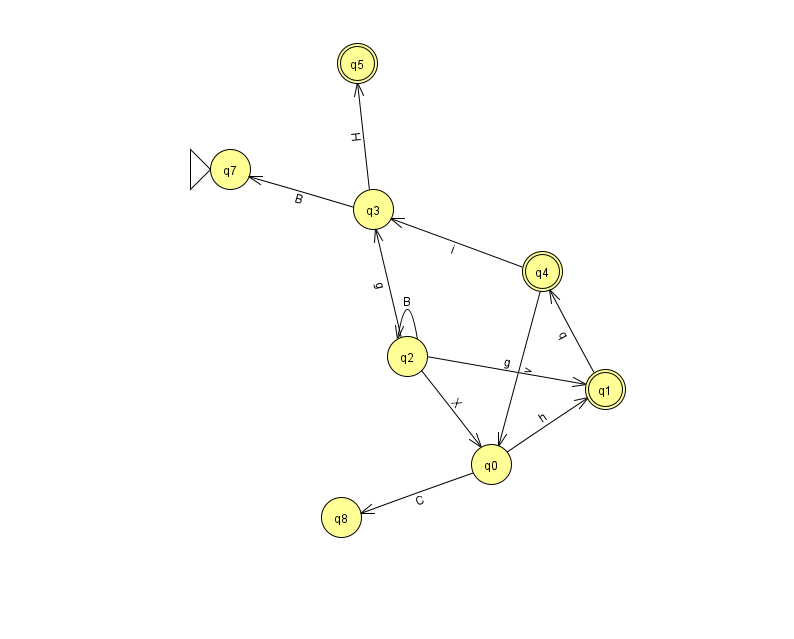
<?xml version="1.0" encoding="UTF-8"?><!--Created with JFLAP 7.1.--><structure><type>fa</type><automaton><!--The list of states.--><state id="0" name="q0"><x>491.0</x><y>451.0</y></state><state id="1" name="q1"><x>605.0</x><y>376.0</y><final/></state><state id="2" name="q2"><x>407.0</x><y>343.0</y></state><state id="3" name="q3"><x>373.0</x><y>196.0</y></state><state id="4" name="q4"><x>542.0</x><y>258.0</y><final/></state><state id="5" name="q5"><x>357.0</x><y>50.0</y><final/></state><state id="7" name="q7"><x>230.0</x><y>156.0</y><initial/></state><state id="8" name="q8"><x>341.0</x><y>504.0</y></state><!--The list of transitions.--><transition><from>2</from><to>0</to><read>X</read></transition><transition><from>2</from><to>1</to><read>g</read></transition><transition><from>4</from><to>3</to><read>i</read></transition><transition><from>3</from><to>7</to><read>B</read></transition><transition><from>2</from><to>2</to><read>B</read></transition><transition><from>1</from><to>4</to><read>q</read></transition><transition><from>0</from><to>1</to><read>h</read></transition><transition><from>2</from><to>3</to><read>g</read></transition><transition><from>4</from><to>0</to><read>v</read></transition><transition><from>3</from><to>5</to><read>H</read></transition><transition><from>0</from><to>8</to><read>C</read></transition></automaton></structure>